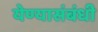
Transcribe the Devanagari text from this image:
येण्यासंबंधी